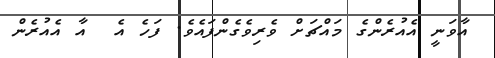
އާވަނީ އެއުރެންގެ މައްޗަށް ވެރިވެގެންފައެވެ. ފަހެ އެ  އާ އެއުރެން